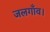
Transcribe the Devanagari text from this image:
जलगाँव।